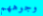
وجوههم